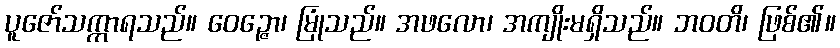
ပူဇော်သက္ကာရသည်။ ဝေဉ္ဇော၊ မြုံသည်။ အဖလော၊ အကျိုးမရှိသည်။ ဘဝတိ၊ ဖြစ်၏။